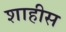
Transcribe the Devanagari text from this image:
शाहीस